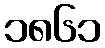
၁၈၆၁